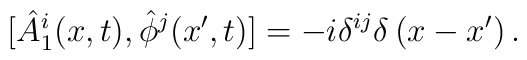
[ \hat{A}_{1}^{i}(x,t),\hat{\phi}^{j}(x',t)] = -i  \delta^{ij}\delta\left(x-x'\right).